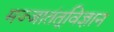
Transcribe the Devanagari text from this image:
मज्जातंतूविज्ञान